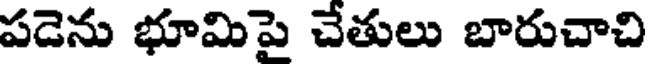
పడెను భూమిపై చేతులు బారుచాచి